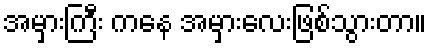
အမှားကြီး ကနေ အမှားလေးဖြစ်သွားတာ။